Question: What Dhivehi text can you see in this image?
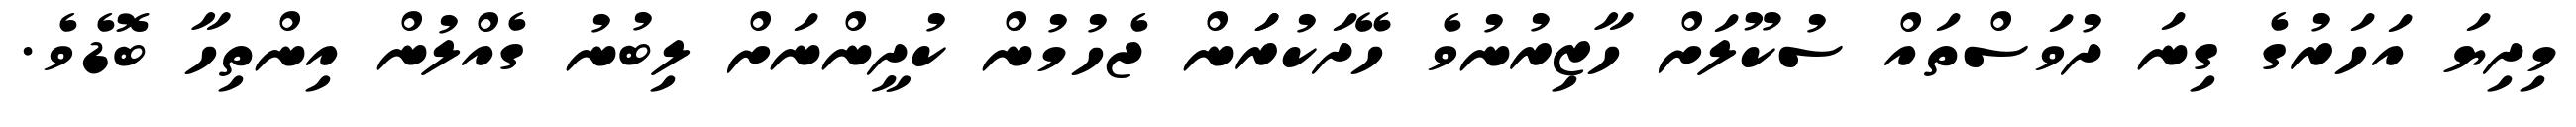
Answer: މިދިޔަ އަހަރުގެ ގިނަ ދުވަސްތައް ސުކޫލަށް ހާޒިރުނުވެ ހޭދަކުރަަން ޖެހުމުން ކުދީންނަށް ލިބުނު ގެއްލުން އިންތިހާ ބޮޑެވެ.